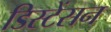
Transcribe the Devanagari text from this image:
डिस्टेंसन